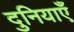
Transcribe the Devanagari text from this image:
दुनियाएँ